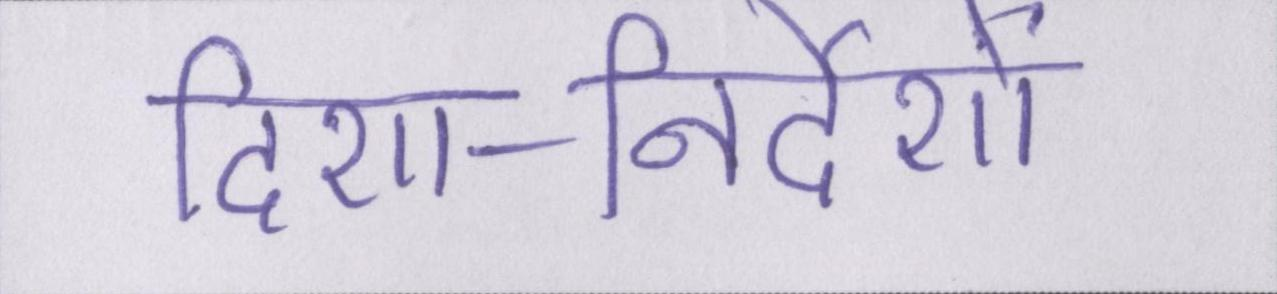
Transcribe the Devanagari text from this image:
दिशा-निर्देशों